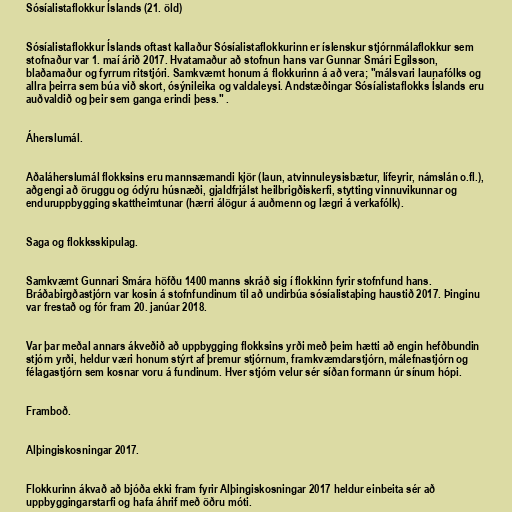
Sósíalistaflokkur Íslands (21. öld)

Sósíalistaflokkur Íslands oftast kallaður Sósíalistaflokkurinn er íslenskur stjórnmálaflokkur sem
stofnaður var 1. maí árið 2017. Hvatamaður að stofnun hans var Gunnar Smári Egilsson,
blaðamaður og fyrrum ritstjóri. Samkvæmt honum á flokkurinn á að vera; "málsvari launafólks og
allra þeirra sem búa við skort, ósýnileika og valdaleysi. Andstæðingar Sósíalistaflokks Íslands eru
auðvaldið og þeir sem ganga erindi þess." .

Áherslumál.

Aðaláherslumál flokksins eru mannsæmandi kjör (laun, atvinnuleysisbætur, lífeyrir, námslán o.fl.),
aðgengi að öruggu og ódýru húsnæði, gjaldfrjálst heilbrigðiskerfi, stytting vinnuvikunnar og
enduruppbygging skattheimtunar (hærri álögur á auðmenn og lægri á verkafólk).

Saga og flokksskipulag.

Samkvæmt Gunnari Smára höfðu 1400 manns skráð sig í flokkinn fyrir stofnfund hans.
Bráðabirgðastjórn var kosin á stofnfundinum til að undirbúa sósíalistaþing haustið 2017. Þinginu
var frestað og fór fram 20. janúar 2018.

Var þar meðal annars ákveðið að uppbygging flokksins yrði með þeim hætti að engin hefðbundin
stjórn yrði, heldur væri honum stýrt af þremur stjórnum, framkvæmdarstjórn, málefnastjórn og
félagastjórn sem kosnar voru á fundinum. Hver stjórn velur sér síðan formann úr sínum hópi.

Framboð.

Alþingiskosningar 2017.

Flokkurinn ákvað að bjóða ekki fram fyrir Alþingiskosningar 2017 heldur einbeita sér að
uppbyggingarstarfi og hafa áhrif með öðru móti.